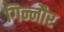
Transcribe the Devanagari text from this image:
गिन्नौर